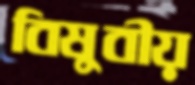
বিষুবীয়